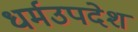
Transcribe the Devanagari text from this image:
धर्मउपदेश